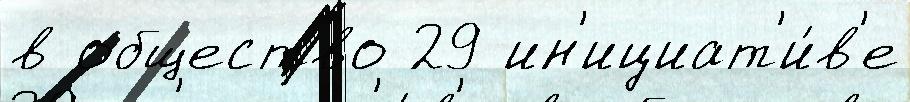
в общество 29 ин'ициат'и́в'е